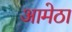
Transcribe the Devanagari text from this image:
आमेठा